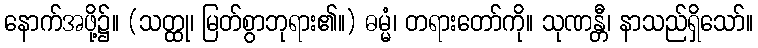
နောက်အဖို့၌။ (သတ္ထု၊ မြတ်စွာဘုရား၏။) ဓမ္မံ၊ တရားတော်ကို။ သုဏန္တီ၊ နာသည်ရှိသော်။